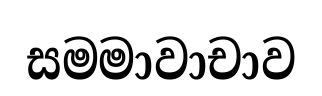
සමමාවාචාව